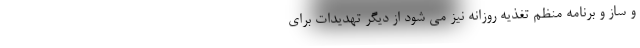
و ساز و برنامه منظم تغذیه روزانه نیز می شود از دیگر تهدیدات برای